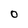
Character: O